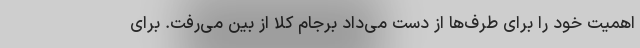
اهمیت خود را برای طرف‌ها از دست می‌داد برجام کلا از بین می‌رفت. برای